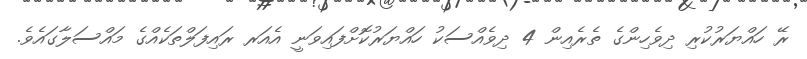
ރޭ ހައްޔަރުކުރި ދިވެހިންގެ ތެރެއިން 4 ދިވެއްސަކު ހައްޔަރުކޮށްފައިވަނީ އެއަރ ރައިފަލްތަކެއްގެ މައްސަލާގައެވެ.